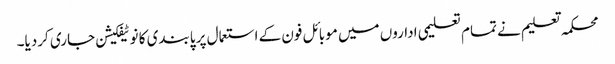
محکمہ تعلیم نے تمام تعلیمی اداروں میں موبائل فون کے استعمال پر پابندی کا نوٹیفکیشن جاری کردیا۔